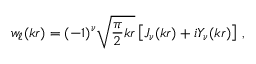
w _ { \ell } ( k r ) = ( - 1 ) ^ { \nu } \sqrt { \frac { \pi } { 2 } k r } \left[ J _ { \nu } ( k r ) + i Y _ { \nu } ( k r ) \right] \, ,